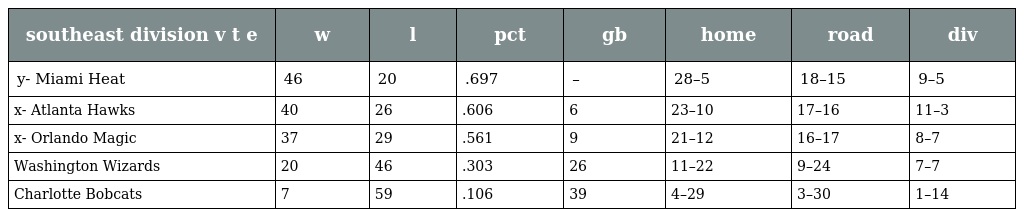
| southeast division v t e | w | l | pct | gb | home | road | div |
 | --- | --- | --- | --- | --- | --- | --- | --- |
 | y- Miami Heat | 46 | 20 | .697 | – | 28–5 | 18–15 | 9–5 |
 | x- Atlanta Hawks | 40 | 26 | .606 | 6 | 23–10 | 17–16 | 11–3 |
 | x- Orlando Magic | 37 | 29 | .561 | 9 | 21–12 | 16–17 | 8–7 |
 | Washington Wizards | 20 | 46 | .303 | 26 | 11–22 | 9–24 | 7–7 |
 | Charlotte Bobcats | 7 | 59 | .106 | 39 | 4–29 | 3–30 | 1–14 |